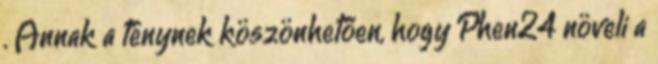
. Annak a ténynek köszönhetően, hogy Phen24 növeli a